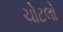
ચોટલો